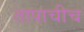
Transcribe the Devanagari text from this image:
तापाचीच